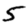
Digit: 5